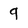
Character: 9